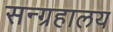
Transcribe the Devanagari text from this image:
सन्ग्रहालय